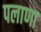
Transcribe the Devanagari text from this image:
पलाणा